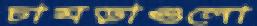
চামড়াগুলো